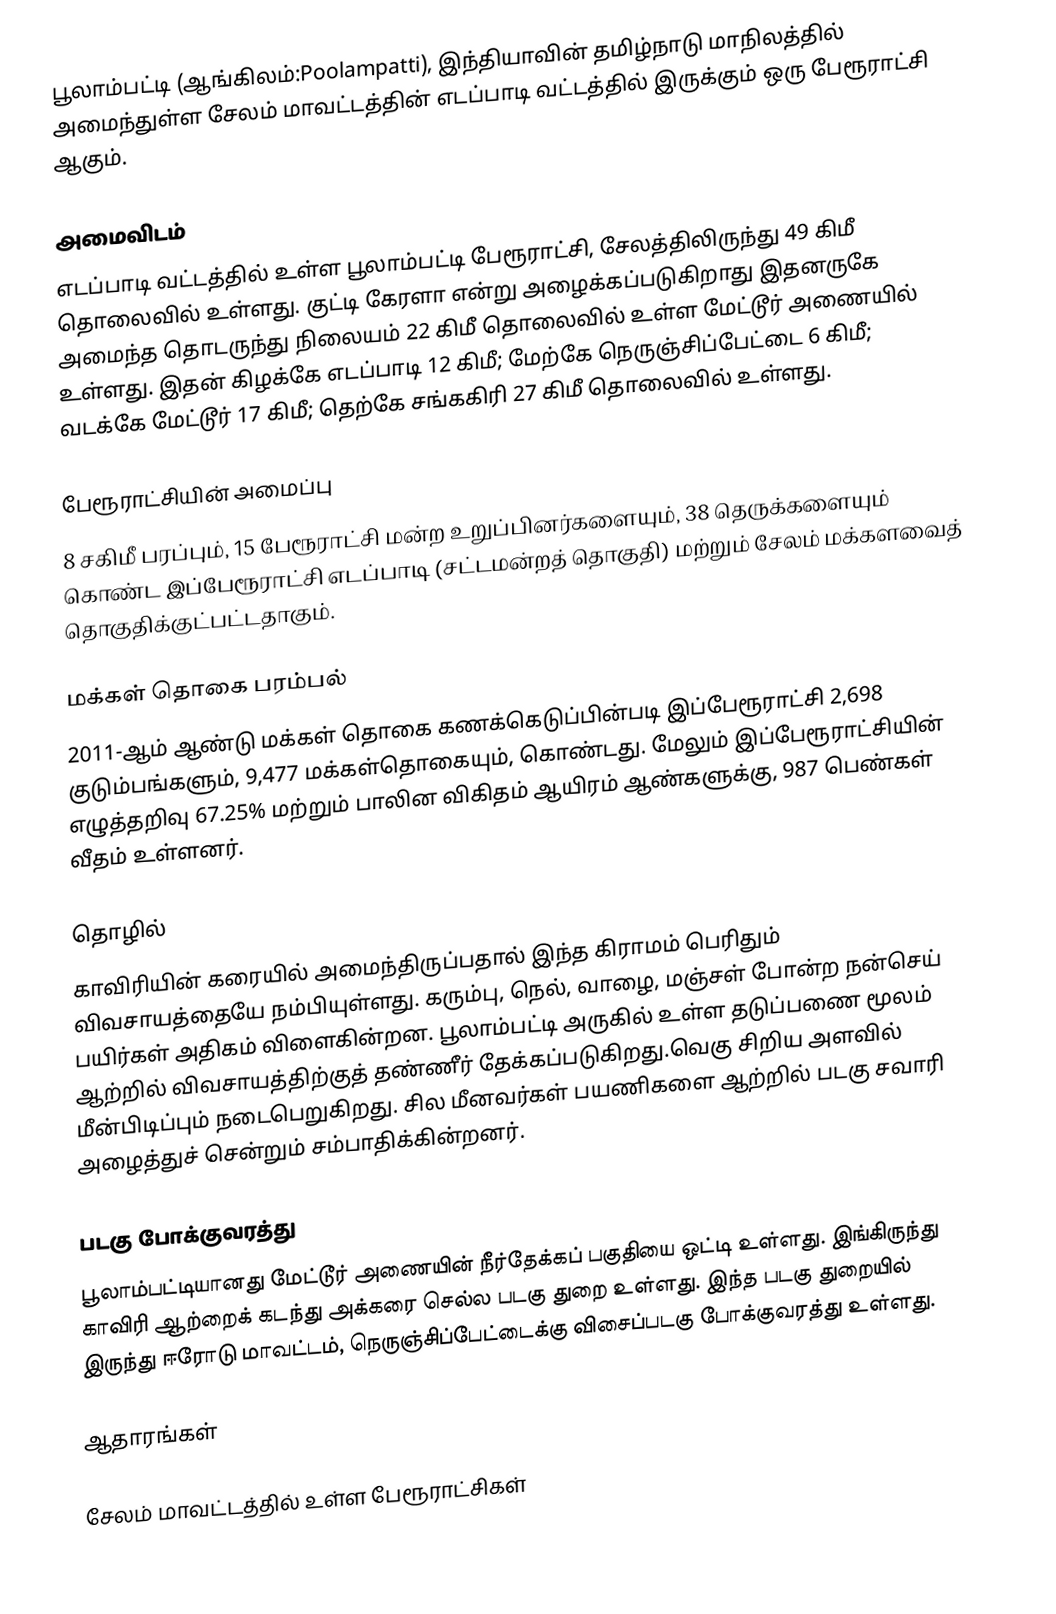
பூலாம்பட்டி (ஆங்கிலம்:Poolampatti), இந்தியாவின் தமிழ்நாடு மாநிலத்தில் அமைந்துள்ள சேலம் மாவட்டத்தின் எடப்பாடி வட்டத்தில் இருக்கும் ஒரு பேரூராட்சி ஆகும்.

அமைவிடம்
எடப்பாடி வட்டத்தில் உள்ள பூலாம்பட்டி பேரூராட்சி, சேலத்திலிருந்து 49 கிமீ தொலைவில் உள்ளது. குட்டி கேரளா என்று அழைக்கப்படுகிறாது இதனருகே அமைந்த தொடருந்து நிலையம் 22 கிமீ தொலைவில் உள்ள மேட்டூர் அணையில் உள்ளது.  இதன் கிழக்கே எடப்பாடி 12 கிமீ; மேற்கே நெருஞ்சிப்பேட்டை 6 கிமீ; வடக்கே மேட்டூர் 17 கிமீ; தெற்கே சங்ககிரி 27 கிமீ தொலைவில் உள்ளது.

பேரூராட்சியின் அமைப்பு
8 சகிமீ பரப்பும், 15 பேரூராட்சி மன்ற உறுப்பினர்களையும், 38 தெருக்களையும் கொண்ட இப்பேரூராட்சி எடப்பாடி (சட்டமன்றத் தொகுதி) மற்றும் சேலம் மக்களவைத் தொகுதிக்குட்பட்டதாகும்.

மக்கள் தொகை பரம்பல்
2011-ஆம் ஆண்டு மக்கள் தொகை கணக்கெடுப்பின்படி  இப்பேரூராட்சி   2,698 குடும்பங்களும்,  9,477 மக்கள்தொகையும், கொண்டது. மேலும் இப்பேரூராட்சியின் எழுத்தறிவு  67.25%  மற்றும்  பாலின விகிதம்  ஆயிரம் ஆண்களுக்கு,  987  பெண்கள் வீதம் உள்ளனர்.

தொழில்
காவிரியின் கரையில் அமைந்திருப்பதால் இந்த கிராமம் பெரிதும் விவசாயத்தையே நம்பியுள்ளது. கரும்பு, நெல், வாழை, மஞ்சள் போன்ற நன்செய் பயிர்கள் அதிகம் விளைகின்றன. பூலாம்பட்டி அருகில் உள்ள தடுப்பணை மூலம் ஆற்றில் விவசாயத்திற்குத் தண்ணீர் தேக்கப்படுகிறது.வெகு சிறிய அளவில் மீன்பிடிப்பும் நடைபெறுகிறது. சில மீனவர்கள் பயணிகளை ஆற்றில் படகு சவாரி அழைத்துச் சென்றும் சம்பாதிக்கின்றனர்.

படகு போக்குவரத்து
பூலாம்பட்டியானது மேட்டூர் அணையின் நீர்தேக்கப் பகுதியை ஒட்டி உள்ளது. இங்கிருந்து காவிரி ஆற்றைக் கடந்து அக்கரை செல்ல படகு துறை உள்ளது. இந்த படகு துறையில் இருந்து ஈரோடு மாவட்டம், நெருஞ்சிப்பேட்டைக்கு விசைப்படகு போக்குவரத்து உள்ளது.

ஆதாரங்கள்

சேலம் மாவட்டத்தில் உள்ள பேரூராட்சிகள்